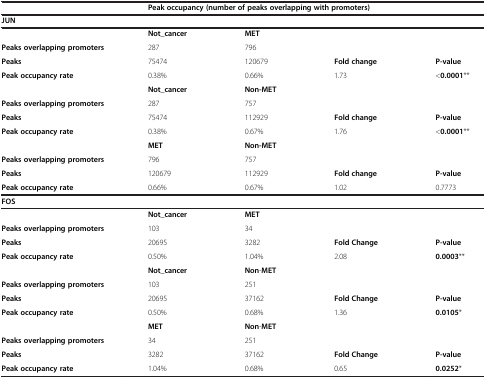
|  | <COLSPAN=4> Peak occupancy (number of peaks overlapping with promoters) |
 | --- | --- | --- | --- | --- |
 | JUN |  |  |  |  |
 |  | Not_cancer | MET |  |  |
 | Peaks overlapping promoters | 287 | 796 |  |  |
 | Peaks | 75474 | 120679 | Fold change | P-value |
 | Peak occupancy rate | 0.38% | 0.66% | 1.73 | <0.0001** |
 |  | Not_cancer | Non-MET |  |  |
 | Peaks overlapping promoters | 287 | 757 |  |  |
 | Peaks | 75474 | 112929 | Fold change | P-value |
 | Peak occupancy rate | 0.38% | 0.67% | 1.76 | <0.0001** |
 |  | MET | Non-MET |  |  |
 | Peaks overlapping promoters | 796 | 757 |  |  |
 | Peaks | 120679 | 112929 | Fold change | P-value |
 | Peak occupancy rate | 0.66% | 0.67% | 1.02 | 0.7773 |
 | FOS |  |  |  |  |
 |  | Not_cancer | MET |  |  |
 | Peaks overlapping promoters | 103 | 34 |  |  |
 | Peaks | 20695 | 3282 | Fold Change | P-value |
 | Peak occupancy rate | 0.50% | 1.04% | 2.08 | 0.0003** |
 |  | Not_cancer | Non-MET |  |  |
 | Peaks overlapping promoters | 103 | 251 |  |  |
 | Peaks | 20695 | 37162 | Fold Change | P-value |
 | Peak occupancy rate | 0.50% | 0.68% | 1.36 | 0.0105* |
 |  | MET | Non-MET |  |  |
 | Peaks overlapping promoters | 34 | 251 |  |  |
 | Peaks | 3282 | 37162 | Fold Change | P-value |
 | Peak occupancy rate | 1.04% | 0.68% | 0.65 | 0.0252* |